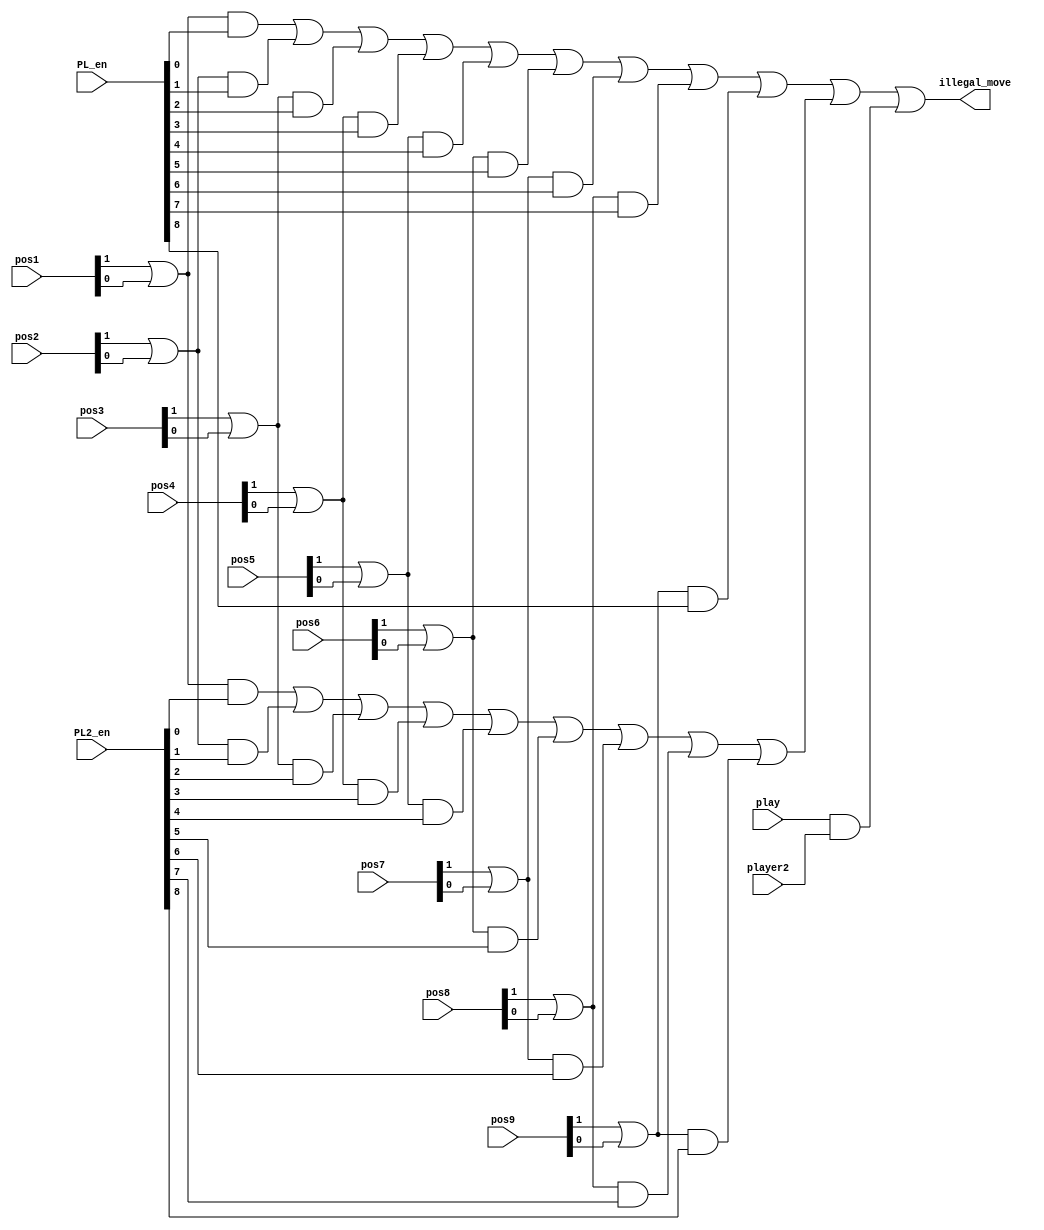
`timescale 1ns / 1ps
//////////////////////////////////////////////////////////////////////////////////
// Company: 
// Engineer: 
// 
// Design Name: 
// Module Name:    illegal_move_detector 
// Project Name: 
// Target Devices: 
// Tool versions: 
// Description: 
//
// Dependencies: 
//
// Revision: 
// Revision 0.01 - File Created
// Additional Comments: 
//
//////////////////////////////////////////////////////////////////////////////////
module illegal_move_detector(
	input play,            // player-1 enable signal
	input player2,         // player-2 enable signal
   input [1:0] pos1,pos2,pos3,pos4,pos5,pos6,pos7,pos8,pos9,   // position registers
   input [9:1] PL2_en, PL_en,   // decoded positions of both player
   output wire illegal_move    // illegal move signal
    );
wire temp1,temp2,temp3,temp4,temp5,temp6,temp7,temp8,temp9;
wire temp11,temp12,temp13,temp14,temp15,temp16,temp17,temp18,temp19;
wire temp21,temp22;
// player : illegal moving    
assign temp1 = (pos1[1] | pos1[0]) & PL_en[1];
assign temp2 = (pos2[1] | pos2[0]) & PL_en[2];
assign temp3 = (pos3[1] | pos3[0]) & PL_en[3];
assign temp4 = (pos4[1] | pos4[0]) & PL_en[4];
assign temp5 = (pos5[1] | pos5[0]) & PL_en[5];
assign temp6 = (pos6[1] | pos6[0]) & PL_en[6];
assign temp7 = (pos7[1] | pos7[0]) & PL_en[7];
assign temp8 = (pos8[1] | pos8[0]) & PL_en[8];
assign temp9 = (pos9[1] | pos9[0]) & PL_en[9];
// player2 : illegal moving  
assign temp11 = (pos1[1] | pos1[0]) & PL2_en[1];
assign temp12 = (pos2[1] | pos2[0]) & PL2_en[2];
assign temp13 = (pos3[1] | pos3[0]) & PL2_en[3];
assign temp14 = (pos4[1] | pos4[0]) & PL2_en[4];
assign temp15 = (pos5[1] | pos5[0]) & PL2_en[5];
assign temp16 = (pos6[1] | pos6[0]) & PL2_en[6];
assign temp17 = (pos7[1] | pos7[0]) & PL2_en[7];
assign temp18 = (pos8[1] | pos8[0]) & PL2_en[8];
assign temp19 = (pos9[1] | pos9[0]) & PL2_en[9];
// intermediate signals 
assign temp21 =((((((((temp1 | temp2) | temp3) | temp4) | temp5) | temp6) | temp7) | temp8) | temp9);
assign temp22 =((((((((temp11 | temp12) | temp13) | temp14) | temp15) | temp16) | temp17) | temp18) | temp19);
// output illegal move 
assign illegal_move = temp21 | temp22 | (play & player2);   
endmodule